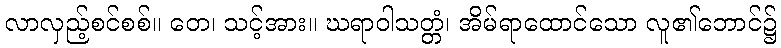
လာလှည့်စင်စစ်။ တေ၊ သင့်အား။ ဃရာဝါသတ္တံ၊ အိမ်ရာထောင်သော လူ၏ဘောင်၌